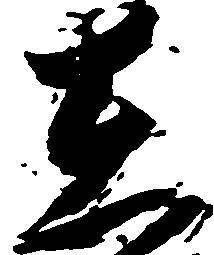
在